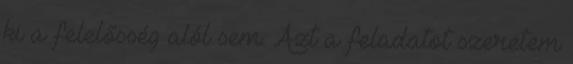
ki a felelősség alól sem. Azt a feladatot szeretem